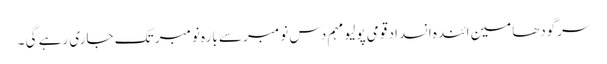
سرگودھامین ائندہ انسداد قومی پولیو مہم دس نومبر سے بارہ نومبر تک جاری رہے گی ۔